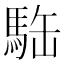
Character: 𩢿